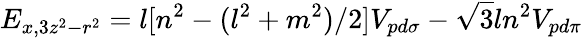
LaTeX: E_{x,3z^{2}-r^{2}}=l[n^{2}-(l^{2}+m^{2})/2]V_{pd\sigma}-{\sqrt{3}}ln^{2}V_{pd\pi}